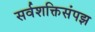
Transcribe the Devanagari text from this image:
सर्वशक्तिसंपझ